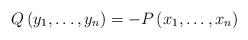
LaTeX: \begin{align*}Q\left(y_1,\ldots,y_n \right)=-P\left(x_1,\ldots,x_n\right)\end{align*}